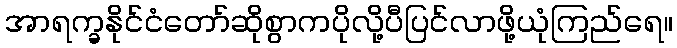
အာရက္ခနိုင်ငံတော်ဆိုစွာကပိုလို့ပီပြင်လာဖို့ယုံကြည်ရေ။